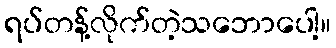
ရပ်တန့်လိုက်တဲ့သဘောပေါ့။